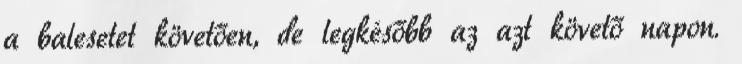
a balesetet követően, de legkésőbb az azt követő napon.